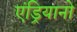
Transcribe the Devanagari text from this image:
एंड्रियानो